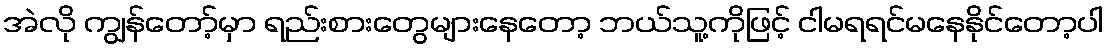
အဲလို ကျွန်တော့်မှာ ရည်းစားတွေများနေတော့ ဘယ်သူ့ကိုဖြင့် ငါမရရင်မနေနိုင်တော့ပါ